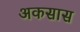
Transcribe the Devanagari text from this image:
अकसास